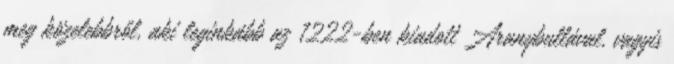
meg közelebbről, aki leginkább az 1222-ben kiadott Aranybullával, vagyis